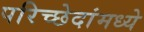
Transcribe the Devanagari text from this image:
परिच्छेदांमध्ये